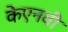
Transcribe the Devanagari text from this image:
केएनवी